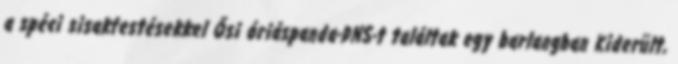
a spéci sisakfestésekkel Ősi óriáspanda-DNS-t találtak egy barlangban Kiderült,